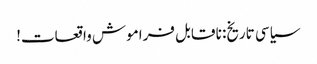
سیاسی تاریخ: نا قابل فراموش واقعات!